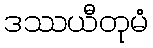
ဒဿယီတုမံ